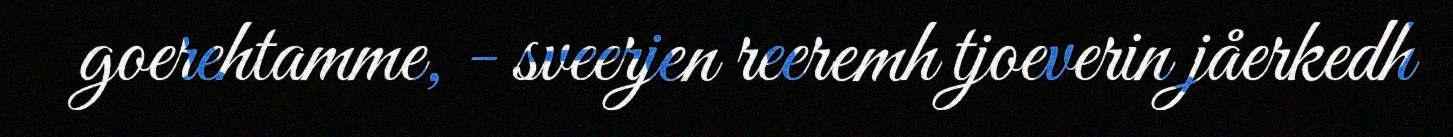
goerehtamme, - sveerjen reeremh tjoeverin jåerkedh